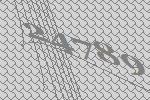
24789